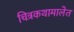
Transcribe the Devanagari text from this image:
चित्रकथामालेत